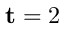
\mathbf { t } = 2